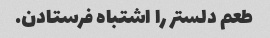
طعم دلستر را اشتباه فرستادن.